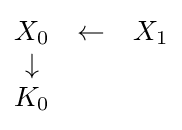
{\begin{matrix}X_{0}&\leftarrow &X_{1}\\\downarrow &&\\K_{0}\end{matrix}}